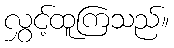
လွှင့်ထူကြသည်။